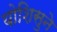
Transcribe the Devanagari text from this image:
योशिसुने